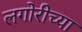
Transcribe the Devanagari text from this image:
लगोरीच्या